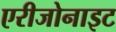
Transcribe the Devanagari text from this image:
एरीजोनाइट